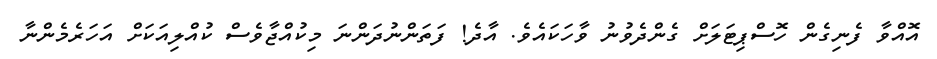
އޮއްވާ ފެނިގެން ހޮސްޕިޓަލަށް ގެންދެވުނު ވާހަކައެވެ. އާދެ! ފަތަންނުދަންނަ މިކުއްޖާވެސް ކުއްލިއަކަށް އަހަރެމެންނާ